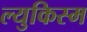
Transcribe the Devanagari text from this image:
ल्युकिस्म